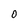
Character: 0